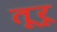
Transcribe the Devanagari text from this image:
तूरू